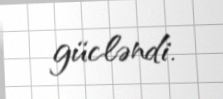
gücləndi.